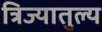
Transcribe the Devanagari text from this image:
त्रिज्यातुल्य